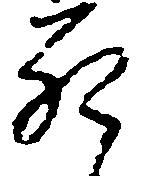
死